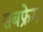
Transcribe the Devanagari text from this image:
सबफ्रेम